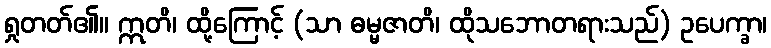
ရှုတတ်၏။ ဣတိ၊ ထို့ကြောင့် (သာ ဓမ္မဇာတိ၊ ထိုသဘောတရားသည်) ဥပေက္ခာ၊